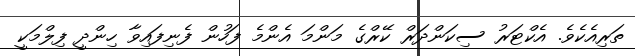
ތަރިއެކެވެ. އެކްޓަރު ސިކަންދަރް ކޭރްގެ މަންމަ އެންމެ ފަހުން ފެނިފައިވާ ހިންދީ ފިލްމަކީ